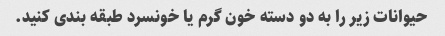
حیوانات زیر را به دو دسته خون گرم یا خونسرد طبقه بندی کنید.